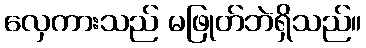
လှေကားသည် မဖြုတ်ဘဲရှိသည်။